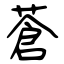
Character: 蒼